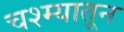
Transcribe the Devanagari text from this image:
चश्म्यातून